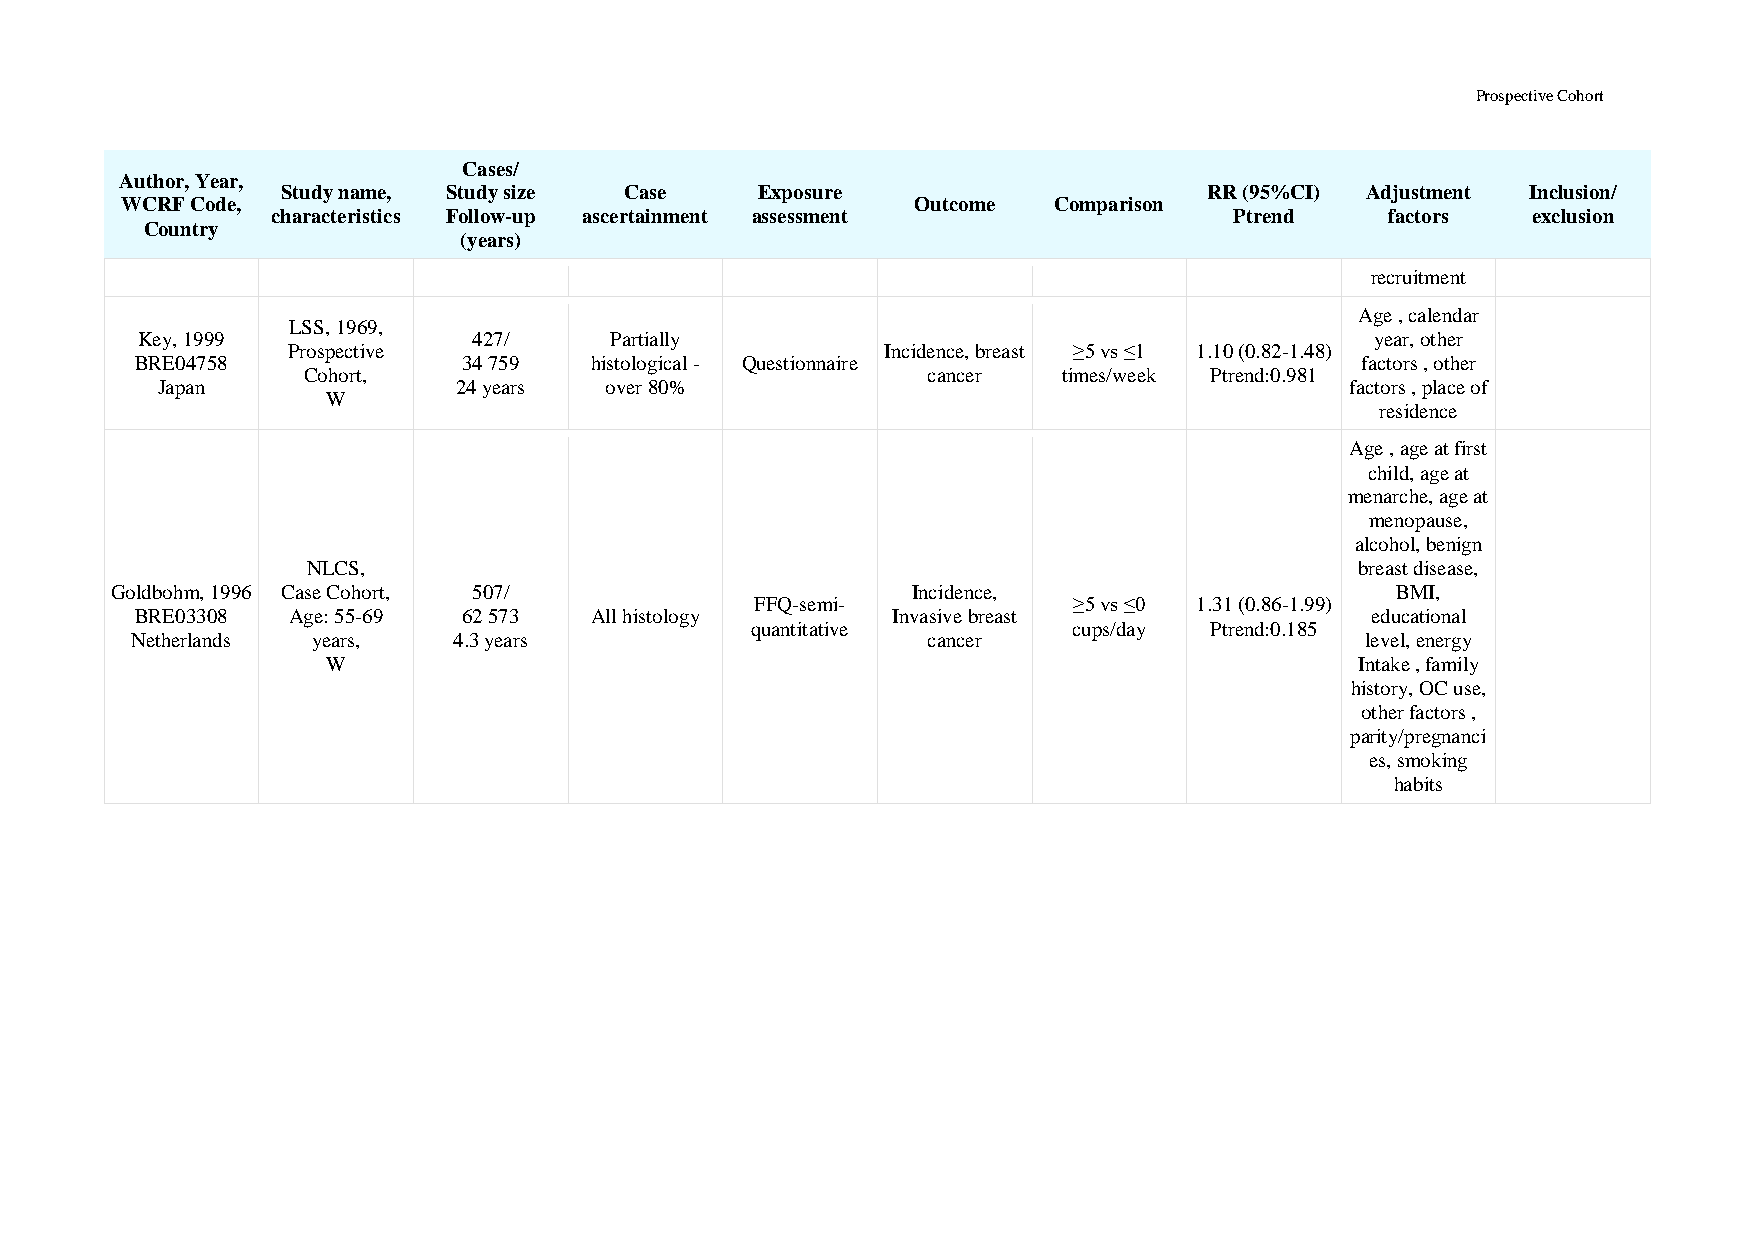
Prospective Cohort
 Cases/
 Author, Year,
 Study name, Study size Case    Exposure                      RR (95%CI) Adjustment Inclusion/
 WCRF Code,                                           Outcome  Comparison
 characteristics Follow-up ascertainment assessment              Ptrend    factors  exclusion
 Country
 (years)
 recruitment
 Age , calendar
 LSS, 1969,
 Key, 1999             427/     Partially                                          year, other
 Prospective                             Incidence, breast ≥5 vs ≤1 1.10 (0.82-1.48)
 BRE04758              34 759  histological - Questionnaire                       factors , other
 Cohort,                                  cancer   times/week Ptrend:0.981
 Japan               24 years  over 80%                                         factors , place of
 W
 residence
 Age , age at first
 child, age at
 menarche, age at
 menopause,
 alcohol, benign
 NLCS,                                                                 breast disease,
 Goldbohm, 1996 Case Cohort, 507/                     Incidence,                      BMI,
 FFQ-semi-            ≥5 vs ≤0 1.31 (0.86-1.99)
 BRE03308  Age: 55-69  62 573  All histology       Invasive breast                 educational
 quantitative         cups/day Ptrend:0.185
 Netherlands years,   4.3 years                      cancer                       level, energy
 W                                                                   Intake , family
 history, OC use,
 other factors ,
 parity/pregnanci
 es, smoking
 habits